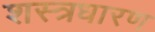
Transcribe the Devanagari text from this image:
शस्त्रधारण